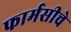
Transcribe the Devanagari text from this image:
फार्मसीचे